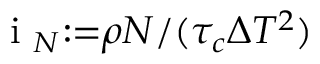
\mathrm { ~ i ~ } _ { N } { : = } \rho N / ( \tau _ { c } \Delta T ^ { 2 } )